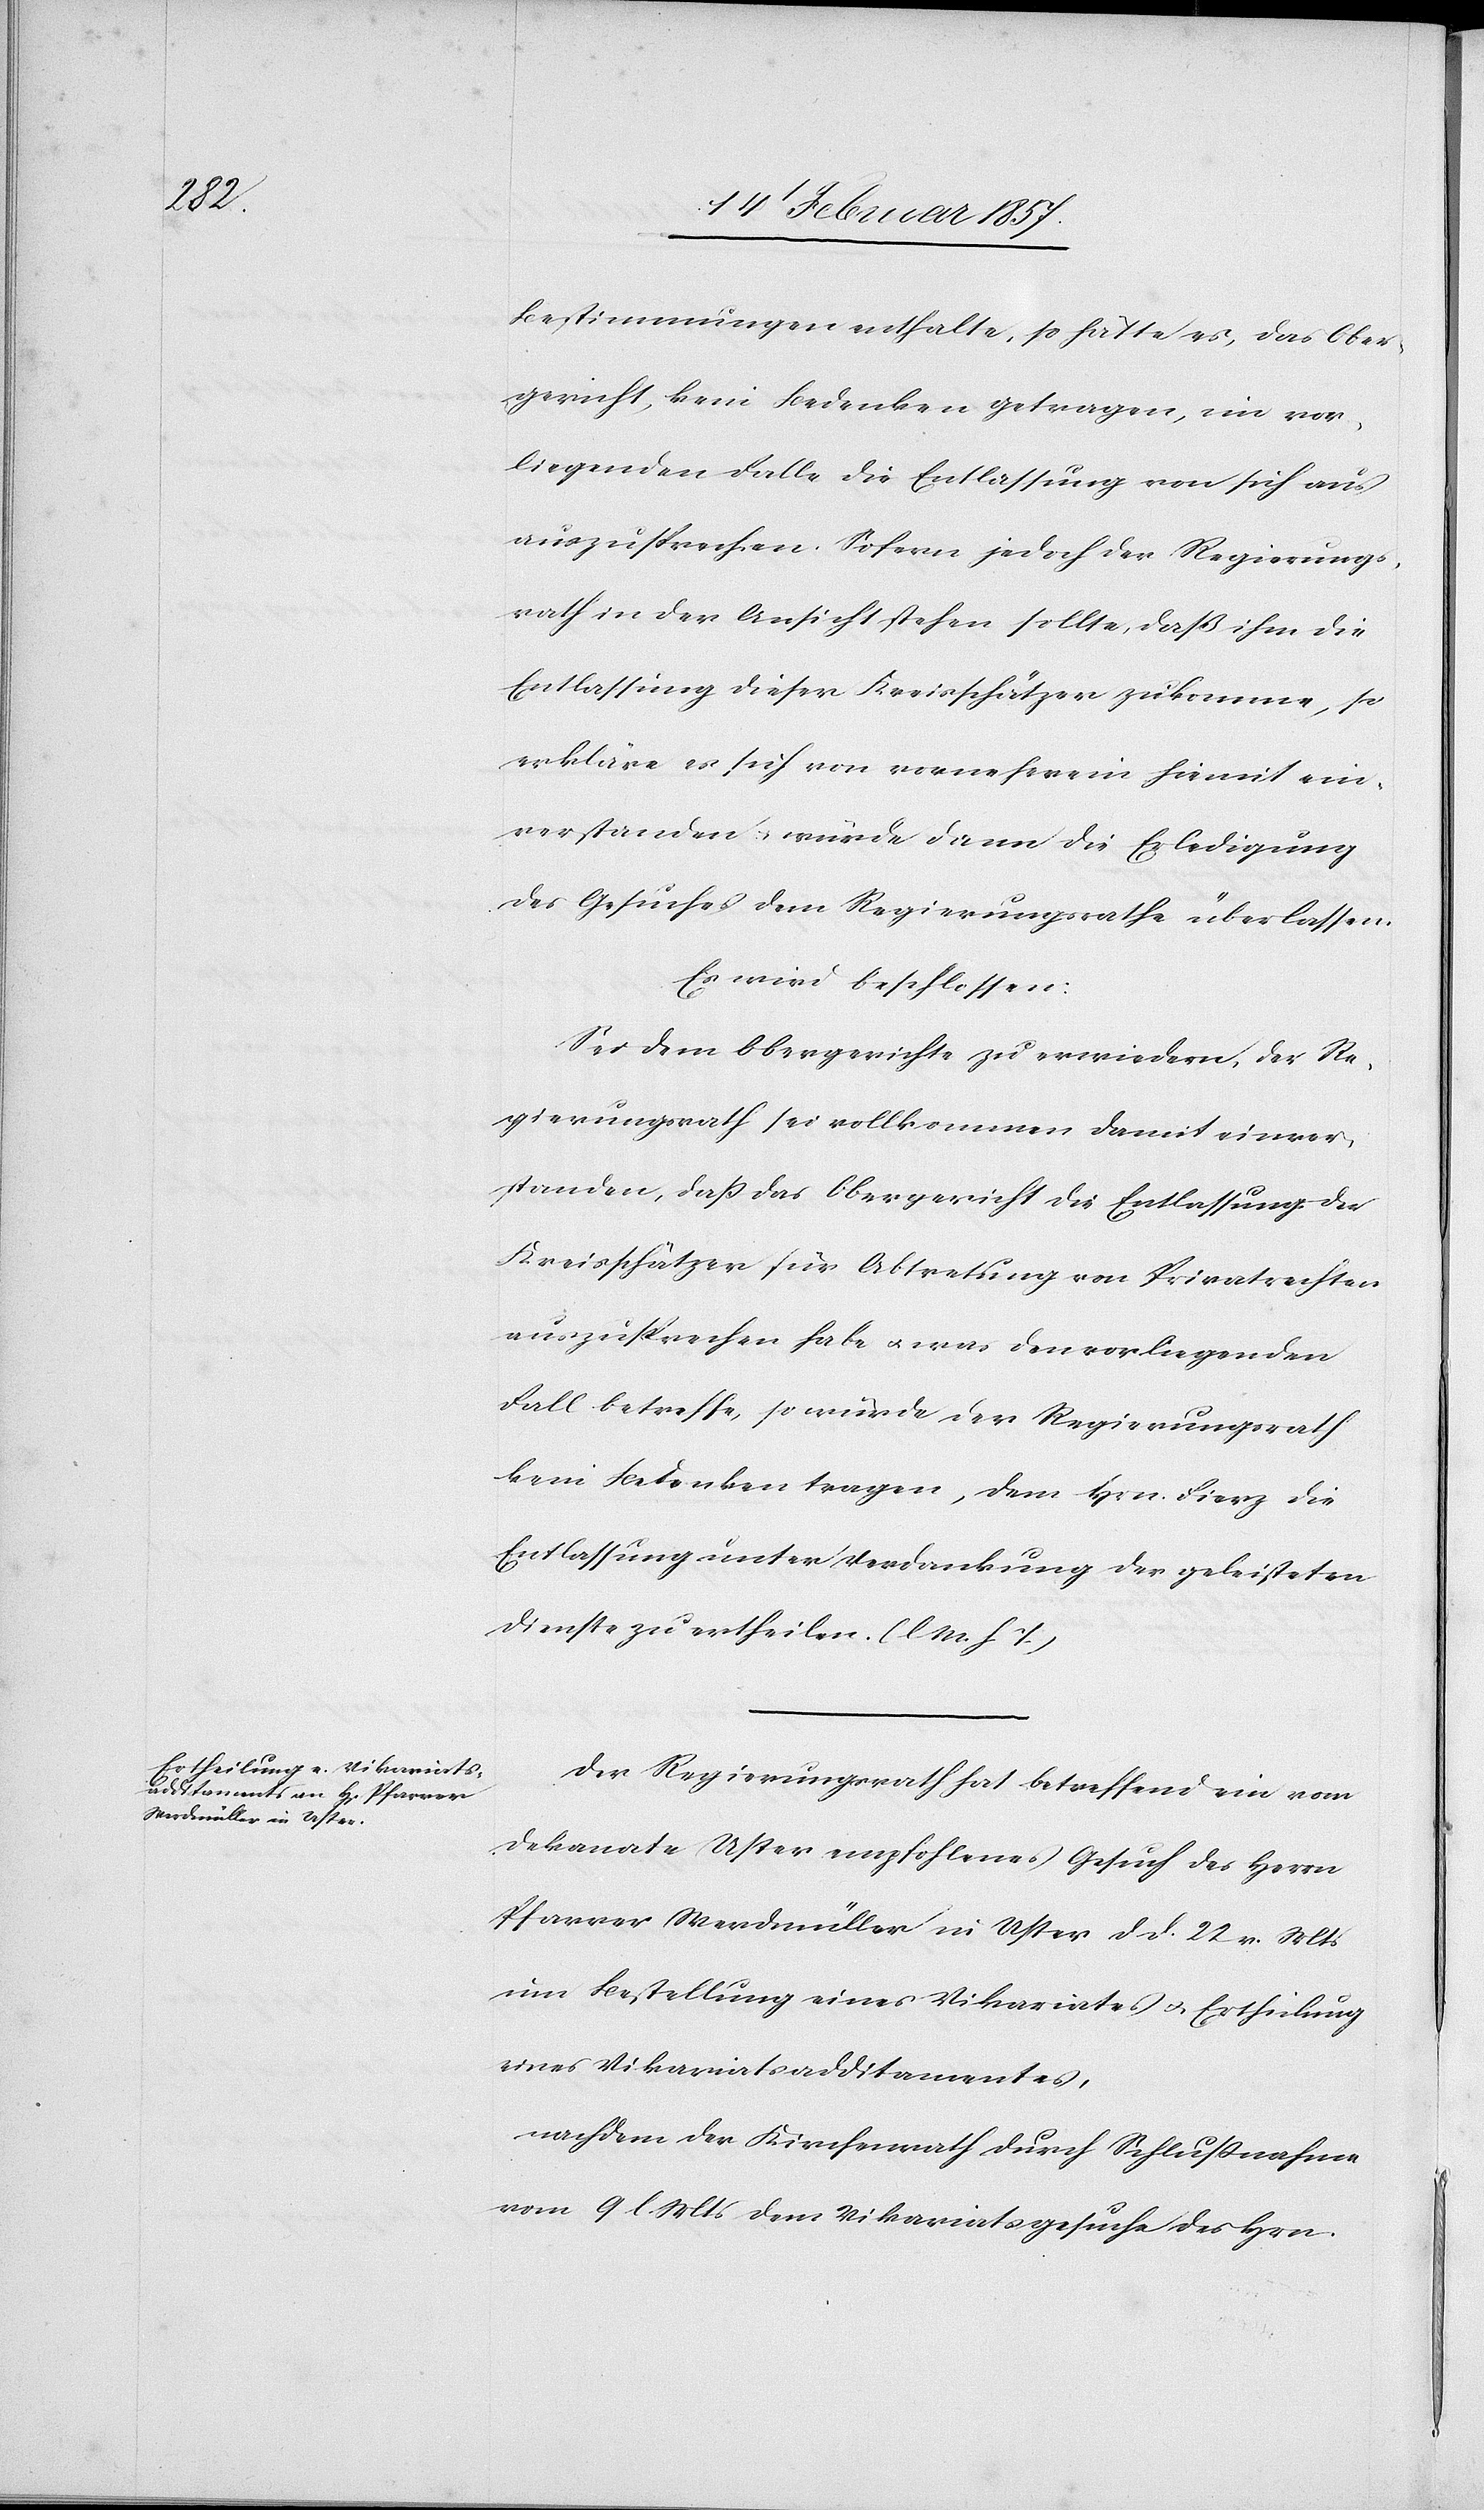
Bestimmungen enthalte, so hätte es, das Ober¬
gericht, kein Bedenken getragen, im vor¬
liegenden Falle die Entlassung von sich aus
auszusprechen. Sofern jedoch der Regierungs¬
rath in der Ansicht stehen sollte, daß ihm die
Entlassung dieser Kreisschätzer zukomme, so
erkläre es sich von vorneherein hiemit ein¬
verstanden u. würde dann die Erledigung
des Gesuches dem Regierungsrathe überlassen.
Es wird beschlossen:
Sei dem Obergerichte zu erwiedern, der Re¬
gierungsrath sei vollkommen damit einver¬
standen, daß das Obergericht die Entlassung der
Kreisschätzer für Abtretung von Privatrechten
auszusprechen habe u. was den vorliegenden
Fall betreffe, so würde der Regierungsrath
kein Bedenken tragen, dem Hrn. Fierz die
Entlassung unter Verdankung der geleisteten
Dienste zu ertheilen. (l M. h T.)
Der Regierungsrath hat betreffend ein vom
Dekanate Uster empfohlenes Gesuch des Herrn
Pfarrer Werdmüller in Uster d. d. 22 v. Mts
um Bestellung eines Vikariates u. Ertheilung
eines Vikariatsadditamentes,
nachdem der Kirchenrath durch Schlußnahme
vom 9 l. Mts. dem Vikariatsgesuche des Hrn.